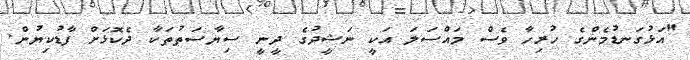
"އަޅުގަނޑުމެންގެ ހުރިހާ ވެސް މައްސަލަ އަކީ ނަޝީދުގެ ދީނީ ސިޔާސަތުތަކާ ދެކޮޅަށް ފާޑުކިޔުން.